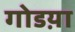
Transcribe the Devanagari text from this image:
गोडय़ा